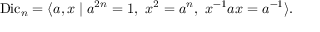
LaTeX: \operatorname { D i c } _ { n } = \langle a , x \mid a ^ { 2 n } = 1 , \ x ^ { 2 } = a ^ { n } , \ x ^ { - 1 } a x = a ^ { - 1 } \rangle . \,